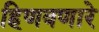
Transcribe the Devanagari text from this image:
हिणवणारे